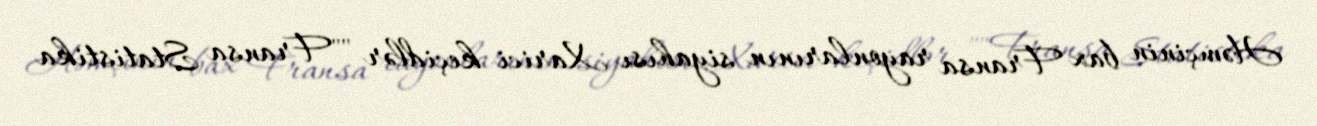
Həmçinin bax Fransa rayonlarının siyahısı Xarici keçidlər ""Fransa Statistika